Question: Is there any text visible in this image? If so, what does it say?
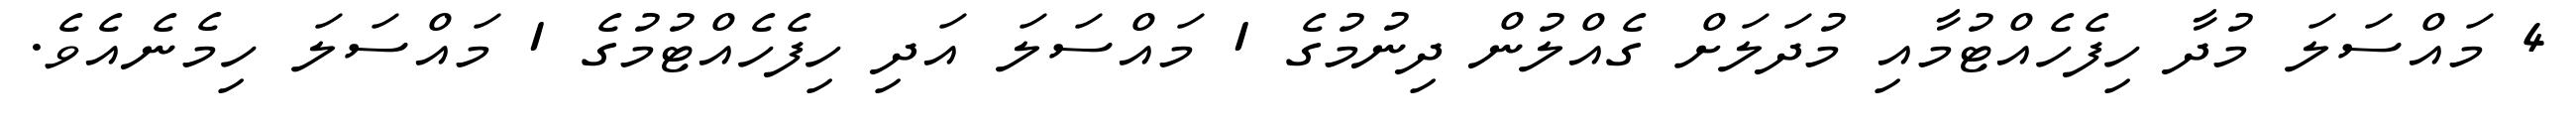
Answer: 4 މައްސަލަ މުދާ ހިފެހެއްޓުމާއި މުދަލަށް ގެއްލުން ދިނުމުގެ 1 މައްސަލަ އަދި ހިފެހެއްޓުމުގެ 1 މައްސަލަ ހިމެނެއެވެ.